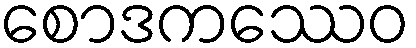
စောဒကဿေဝ